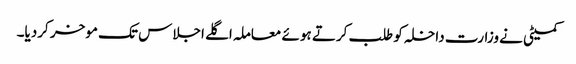
کمیٹی نے وزارت داخلہ کو طلب کرتے ہوئے معاملہ اگلے اجلاس تک موخر کردیا۔